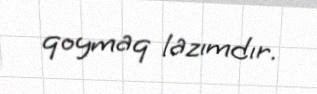
qoymaq lazımdır.